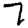
Digit: 7